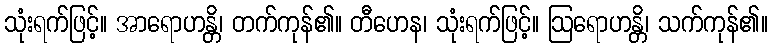
သုံးရက်ဖြင့်။ အာရောဟန္တိ၊ တက်ကုန်၏။ တီဟေန၊ သုံးရက်ဖြင့်။ ဩရောဟန္တိ၊ သက်ကုန်၏။